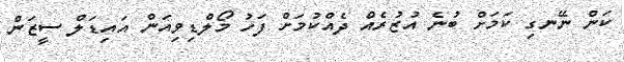
ކަން ނޭނގި ކަމަށް ބުނެ އުޒުރެއް ދެއްކުމަށް ފަހު މޯލްޑިވިއަން އައިޑަލް ސީޒަން